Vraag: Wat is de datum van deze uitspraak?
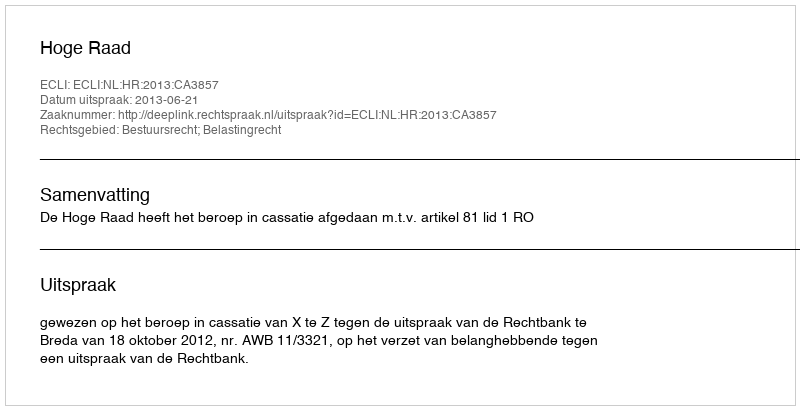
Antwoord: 2013-06-21